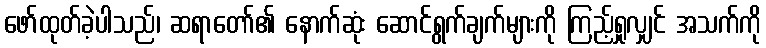
ဖော်ထုတ်ခဲ့ပါသည်၊ ဆရာတော်၏ နောက်ဆုံး ဆောင်ရွက်ချက်များကို ကြည့်ရှုလျှင် အသက်ကို